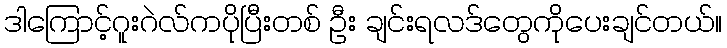
ဒါကြောင့်ဂူးဂဲလ်ကပိုပြီးတစ် ဦး ချင်းရလဒ်တွေကိုပေးချင်တယ်။